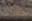
يجب